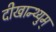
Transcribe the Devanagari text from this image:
दीखान्थ्युम्